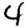
Digit: 4